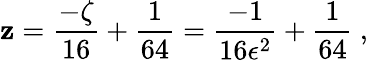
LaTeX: \mathbf{z}=\frac{{-\zeta}}{{16}}+\frac{{1}}{{64}}=\frac{{-1}}{{16\epsilon^{2}}}+\frac{{1}}{{64}}\ ,